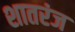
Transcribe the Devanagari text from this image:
शातरंज